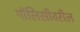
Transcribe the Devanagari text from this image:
पॉलिसीवरील